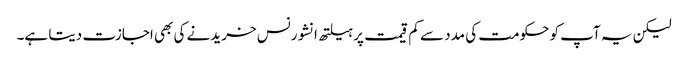
لیکن یہ آپ کو حکومت کی مدد سے کم قیمت پر ہیلتھ انشورنس خریدنے کی بھی اجازت دیتا ہے۔